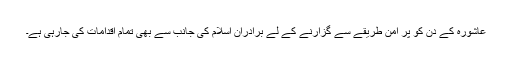
عاشورہ کے دن کو پر امن طریقے سے گزارنے کے لے برادران اسلام کی جانب سے بھی تمام اقدامات کی جارہی ہے۔